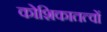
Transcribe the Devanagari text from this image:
कोशिकातत्वों